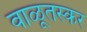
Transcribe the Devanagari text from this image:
वाळूतस्कर